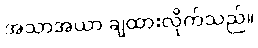
အသာအယာ ချထားလိုက်သည်။